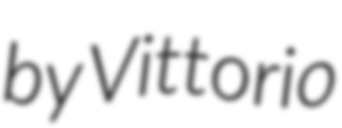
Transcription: by Vittorio